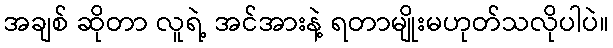
အချစ် ဆိုတာ လူရဲ့ အင်အားနဲ့ ရတာမျိုးမဟုတ်သလိုပါပဲ။